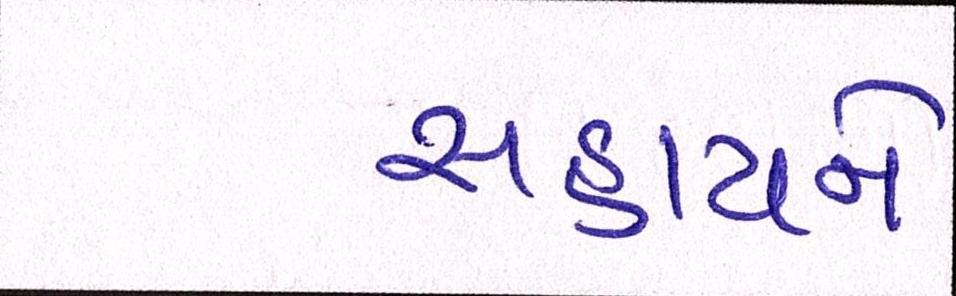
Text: સહાયને